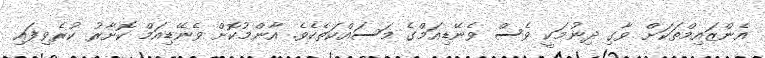
އެންޒައިމްތަކަށް ވާގި ދިނުމަކީ ވެސް ވެނޭޑިއަމްގެ މަސައްކަތެކެވެ. އާންމުކޮށް ވެނޭޑިއަމް ކޮށާރު ކުރެވިފައި